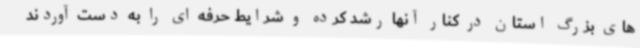
های بزرگ استان در کنار آنها رشد کرده و شرایط حرفه ای را به دست آوردند